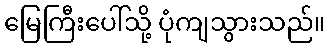
မြေကြီးပေါ်သို့ ပုံကျသွားသည်။